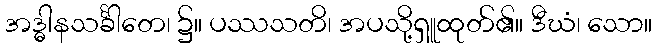
အဒ္ဓါနသင်္ခါတေ၊ ၌။ ပဿသတိ၊ အပသို့ရှူထုတ်၏။ ဒီဃံ၊ သော။